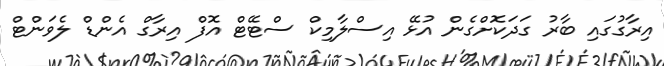
އިރާގުގައި ބާރު ގަދަކޮށްގެން އުޅޭ އިސްލާމިކް ސްޓޭޓް އޮފް އިރާގް އެންޑް ލެވަންޓް